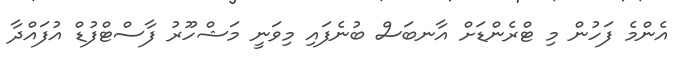
އެންމެ ފަހުން މި ޓްރެންޑަށް އާނބަސް ބުނެފައި މިވަނީ މަޝްހޫރު ފާސްޓްފުޑް އުފައްދާ